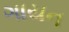
ગાયન